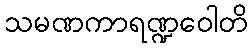
သမဏကာရဏ္ဍဝေါတိ